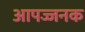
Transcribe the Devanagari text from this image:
आपज्जनक